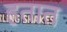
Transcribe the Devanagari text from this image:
हतात